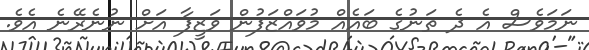
ނަމަވެސް އެ ދެ ތަނުގެ ބައެއް މުވައްޒަފުން ވަޒީފާ އަށް ނުނެރޭނެ އެވެ.